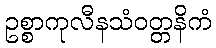
ဥစ္စာကုလီနသံဝတ္တနိကံ